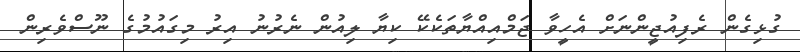
ގުޅިގެން ރެފިއުޖީންނަށް އެހީވާ ޖަމްއިއްޔާތަކެކޭ ކިޔާ ލިއުން ނެރުނު އިރު މިގައުމުގެ ނޫސްވެރިން